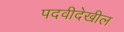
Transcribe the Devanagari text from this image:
पदवीदेखील